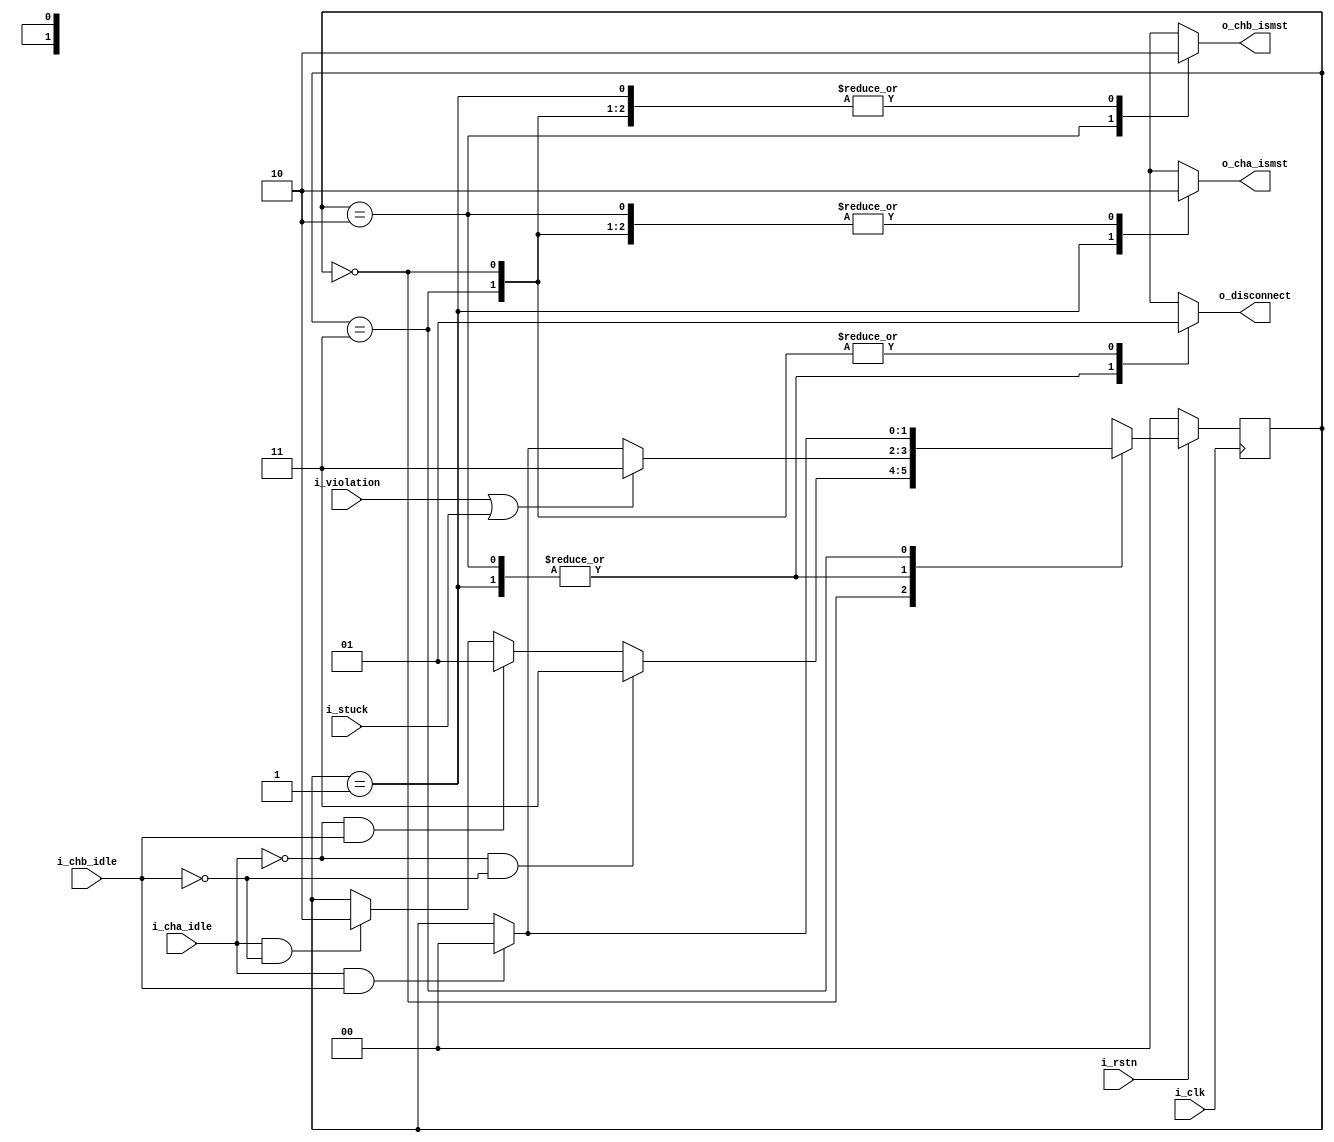
module i2c_passthru_mstr_det(
	input i_clk        ,
	input i_rstn       ,
	
	input i_cha_idle   ,
	input i_chb_idle   ,
	
	input i_violation  ,
	input i_stuck      ,
	
	output reg o_disconnect,
	output reg o_cha_ismst ,
	output reg o_chb_ismst
);

reg [1:0] state, nxt_state;

localparam ST_IDLE       = 0;
localparam ST_A_MST      = 1;
localparam ST_B_MST      = 2;
localparam ST_DISCONNECT = 3;

//FSM next state and output logic
always @(*) begin
	//default else case
	nxt_state    = state;
	o_disconnect = 1'b0;
	o_cha_ismst  = 1'b0;
	o_chb_ismst  = 1'b0;
	
	case( state) 
		ST_IDLE      :
		begin
			o_disconnect = 1'b1;
			
			if(      !i_cha_idle && !i_chb_idle) nxt_state = ST_DISCONNECT;
			else if( !i_cha_idle &&  i_chb_idle) nxt_state = ST_A_MST;
			else if(  i_cha_idle && !i_chb_idle) nxt_state = ST_B_MST;
		end
		
		ST_A_MST     :
		begin
			o_cha_ismst = 1'b1;
			
			if( i_violation || i_stuck       ) nxt_state = ST_DISCONNECT;
			else if( i_cha_idle && i_chb_idle) nxt_state = ST_IDLE;
			
		end
		
		ST_B_MST     :
		begin
			o_chb_ismst = 1'b1;
			
			if( i_violation || i_stuck       ) nxt_state = ST_DISCONNECT;
			else if( i_cha_idle && i_chb_idle) nxt_state = ST_IDLE;
		end
		
		ST_DISCONNECT:
		begin
			o_disconnect = 1'b1;
			
			if( i_cha_idle && i_chb_idle) nxt_state = ST_IDLE;
		end
		
		default:
		begin
			nxt_state = ST_IDLE;
		end
		
	endcase

end


always @(posedge i_clk) begin
	if(i_rstn) begin
		state <= nxt_state;
	end 
	else begin
		state <= ST_IDLE;
	end
end


endmodule